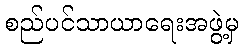
စည်ပင်သာယာရေးအဖွဲ့မှ